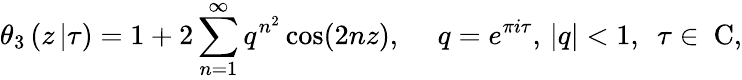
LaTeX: \theta_{3}\left(z\left|\tau\right.\right)=1+2\sum_{n=1}^{\infty}q^{n^{2}}\cos(2nz),\ \ \ \ \ q=e^{\pi i\tau},\, |q|<1,\ \ \tau\in\mathrm{\mathbf~C},